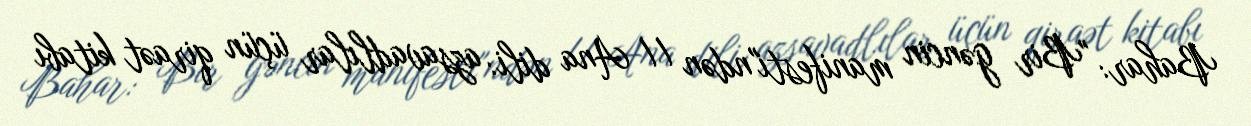
Bahar: "Bir gəncin manifesti"ndən // Ana dili: azsavadlılar üçün qiraət kitabı